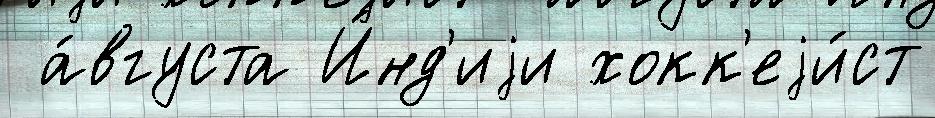
 а́вгуста И́нд'иjи хокк'еjи́ст